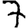
Digit: 7